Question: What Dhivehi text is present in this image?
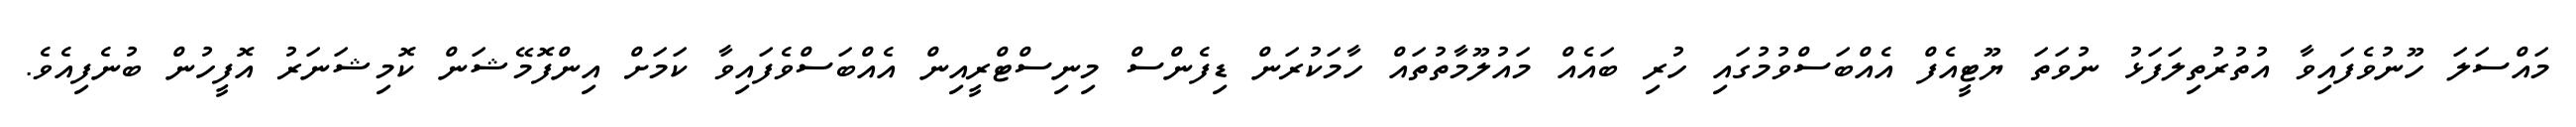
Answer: މައްސަލަ ހޫނުވެފައިވާ އުތުރުތިލަފަޅު ނުވަތަ ޔޫޓީއެފް އެއްބަސްވުމުގައި ހުރި ބައެއް މައުލޫމާތުތައް ހާމަކުރަން ޑިފެންސް މިނިސްޓްރީއިން އެއްބަސްވެފައިވާ ކަމަށް އިންފޮމޭޝަން ކޮމިޝަނަރު އޮފީހުން ބުނެފިއެވެ.